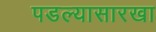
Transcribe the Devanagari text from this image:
पडल्यासारखा